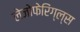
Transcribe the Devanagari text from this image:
लेजोफेरिंग्ल्स